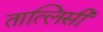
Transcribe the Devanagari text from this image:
तात्लिसी